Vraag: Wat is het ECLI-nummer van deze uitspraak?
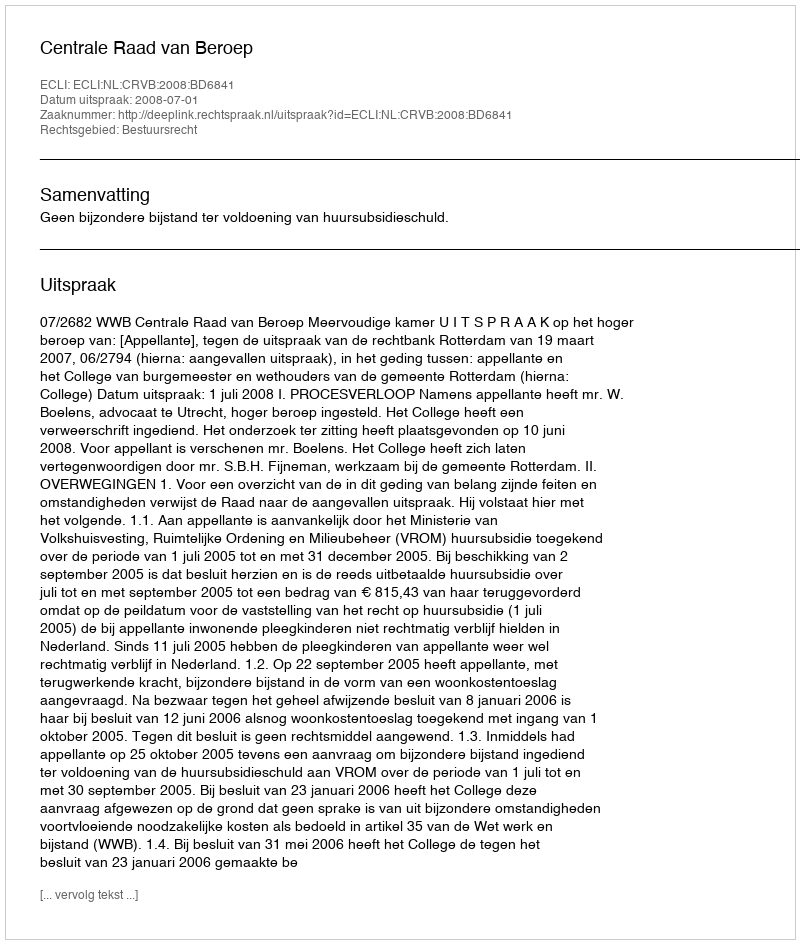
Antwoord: ECLI:NL:CRVB:2008:BD6841